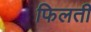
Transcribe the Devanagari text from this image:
फिलती